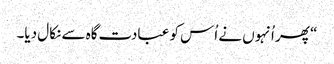
‏“‏ پھر اُنہوں نے اُس کو عبادت‌گاہ سے نکال دیا۔